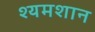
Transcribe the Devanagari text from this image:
श्यमशान